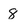
Character: 8